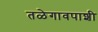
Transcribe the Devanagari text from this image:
तळेगावपाशी